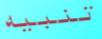
تنبيه